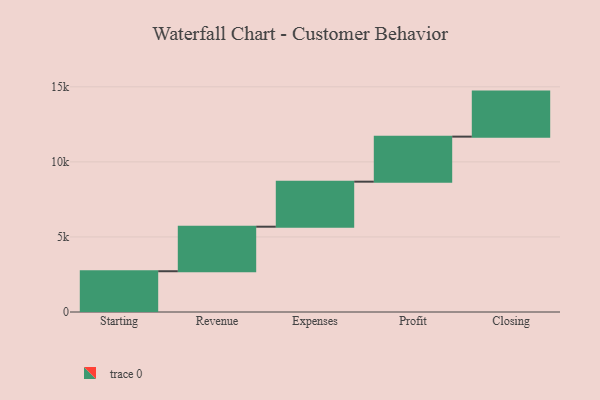
{"axis": {"x": "Step", "y": "Value"}, "legend": [""], "data": [{"x": "Starting", "y": 2716.0, "type": ""}, {"x": "Revenue", "y": 2966.0, "type": ""}, {"x": "Expenses", "y": 3000, "type": ""}, {"x": "Profit", "y": 3000, "type": ""}, {"x": "Closing", "y": 3000, "type": ""}]}